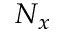
N _ { x }